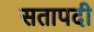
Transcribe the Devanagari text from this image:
सतापदी